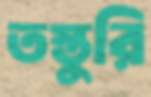
তস্তুরি